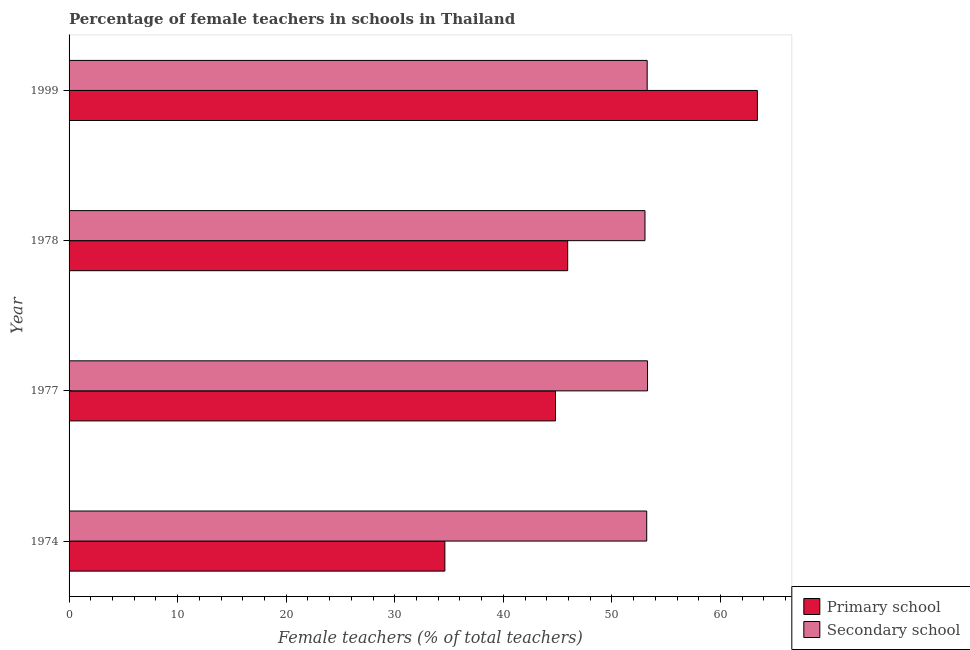
| Year | Primary school | Secondary school |
 | --- | --- | --- |
 | 1974 | 34.6 | 53.2 |
 | 1977 | 44.8 | 53.3 |
 | 1978 | 45.9 | 53 |
 | 1999 | 63.4 | 53.2 |